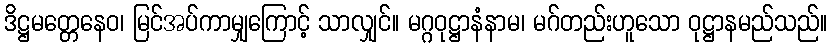
ဒိဋ္ဌမတ္တေနေဝ၊ မြင်အပ်ကာမျှကြောင့် သာလျှင်။ မဂ္ဂဝုဋ္ဌာနံနာမ၊ မဂ်တည်းဟူသော ဝုဋ္ဌာနမည်သည်။